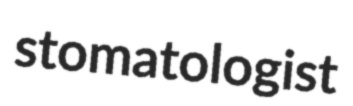
stomatologist